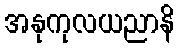
အနုကုလယညာနိ